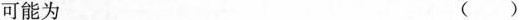
可能为 ()